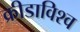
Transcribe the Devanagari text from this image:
क्रीडाविश्व